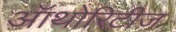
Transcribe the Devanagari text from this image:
ऑथोरिटीज